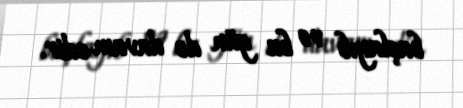
başlayıb və bu gün də davam edir.